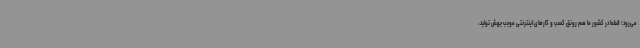
می‌رود؛ قطعا در کشور ما هم رونق کسب و کارهای اینترنتی موجب جهش تولید،